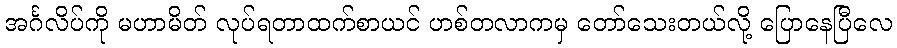
အင်္ဂလိပ်ကို မဟာမိတ် လုပ်ရတာထက်စာယင် ဟစ်တလာကမှ တော်သေးတယ်လို့ ပြောနေပြီလေ